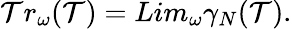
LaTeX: \mathcal{T}r_{\omega}(\mathcal{T})=Lim_{\omega}{\gamma}_{N}(\mathcal{T}).